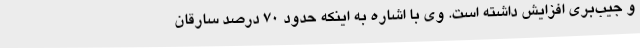
و جیب‌بری افزایش داشته است. وی با اشاره به اینکه حدود 70 درصد سارقان